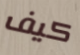
كيف